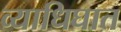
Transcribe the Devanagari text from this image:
व्याधिघात